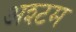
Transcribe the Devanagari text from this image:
अश्टम